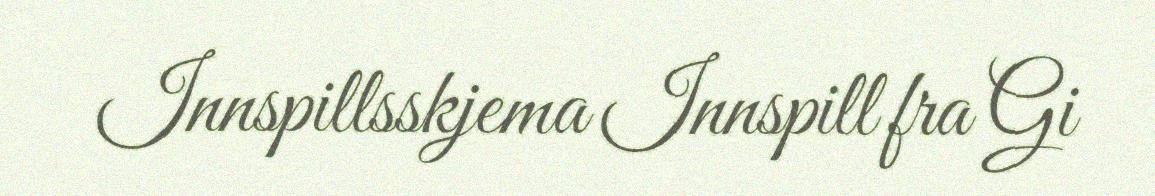
Innspillsskjema Innspill fra Gi